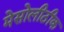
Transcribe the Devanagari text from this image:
मेसोलीठीक